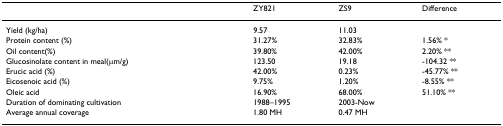
|  | ZY821 | ZS9 | Difference |
 | --- | --- | --- | --- |
 | Yield (kg/ha) | 9.57 | 11.03 |  |
 | Protein content (%) | 31.27% | 32.83% | 1.56% * |
 | Oil content(%) | 39.80% | 42.00% | 2.20% ** |
 | Glucosinolate content in meal(μm/g) | 123.50 | 19.18 | -104.32 ** |
 | Erucic acid (%) | 42.00% | 0.23% | -45.77% ** |
 | Eicosenoic acid (%) | 9.75% | 1.20% | -8.55% ** |
 | Oleic acid | 16.90% | 68.00% | 51.10% ** |
 | Duration of dominating cultivation | 1988–1995 | 2003-Now |  |
 | Average annual coverage | 1.80 MH | 0.47 MH |  |